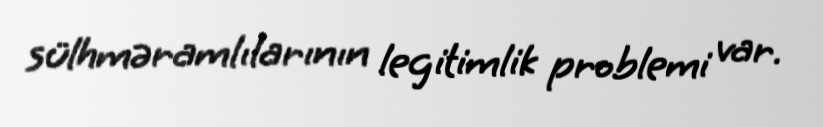
sülhməramlılarının legitimlik problemi var.